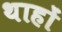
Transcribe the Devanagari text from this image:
थाहों